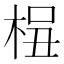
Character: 𰗫